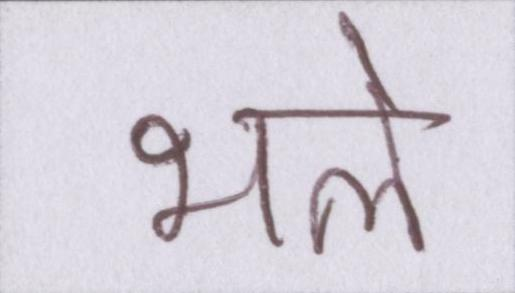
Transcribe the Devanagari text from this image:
भले